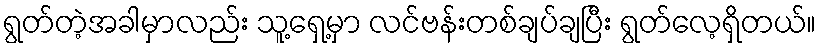
ရွတ်တဲ့အခါမှာလည်း သူ့ရှေ့မှာ လင်ဗန်းတစ်ချပ်ချပြီး ရွတ်လေ့ရှိတယ်။